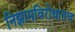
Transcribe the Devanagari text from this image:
निझामविरोधातच